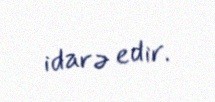
idarə edir.